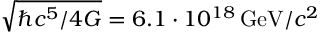
\sqrt { \hbar c ^ { 5 } / 4 G } = 6 . 1 \cdot 1 0 ^ { 1 8 } \, \mathrm { G e V } / c ^ { 2 }